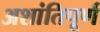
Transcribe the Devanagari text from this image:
अशांतिपूर्ण